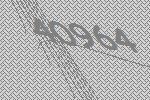
40964